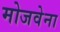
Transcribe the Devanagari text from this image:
मोजवेना